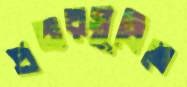
প্রচারসূচিতে